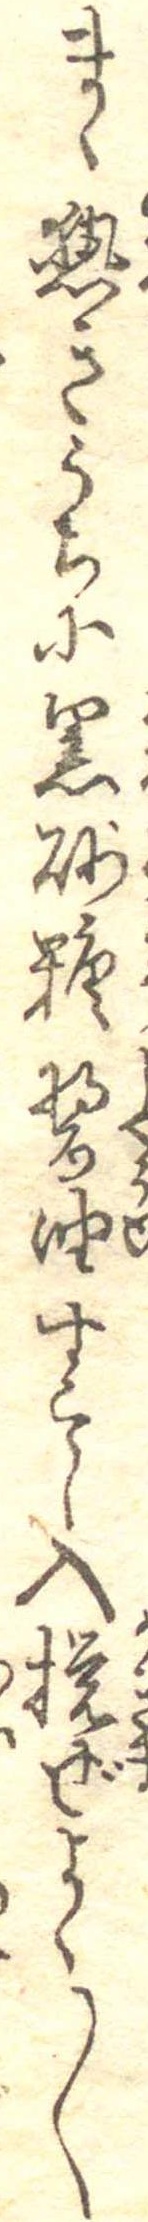
まゝ熱きうちに黒砂糖醤油すこし入撹ぜよく〱